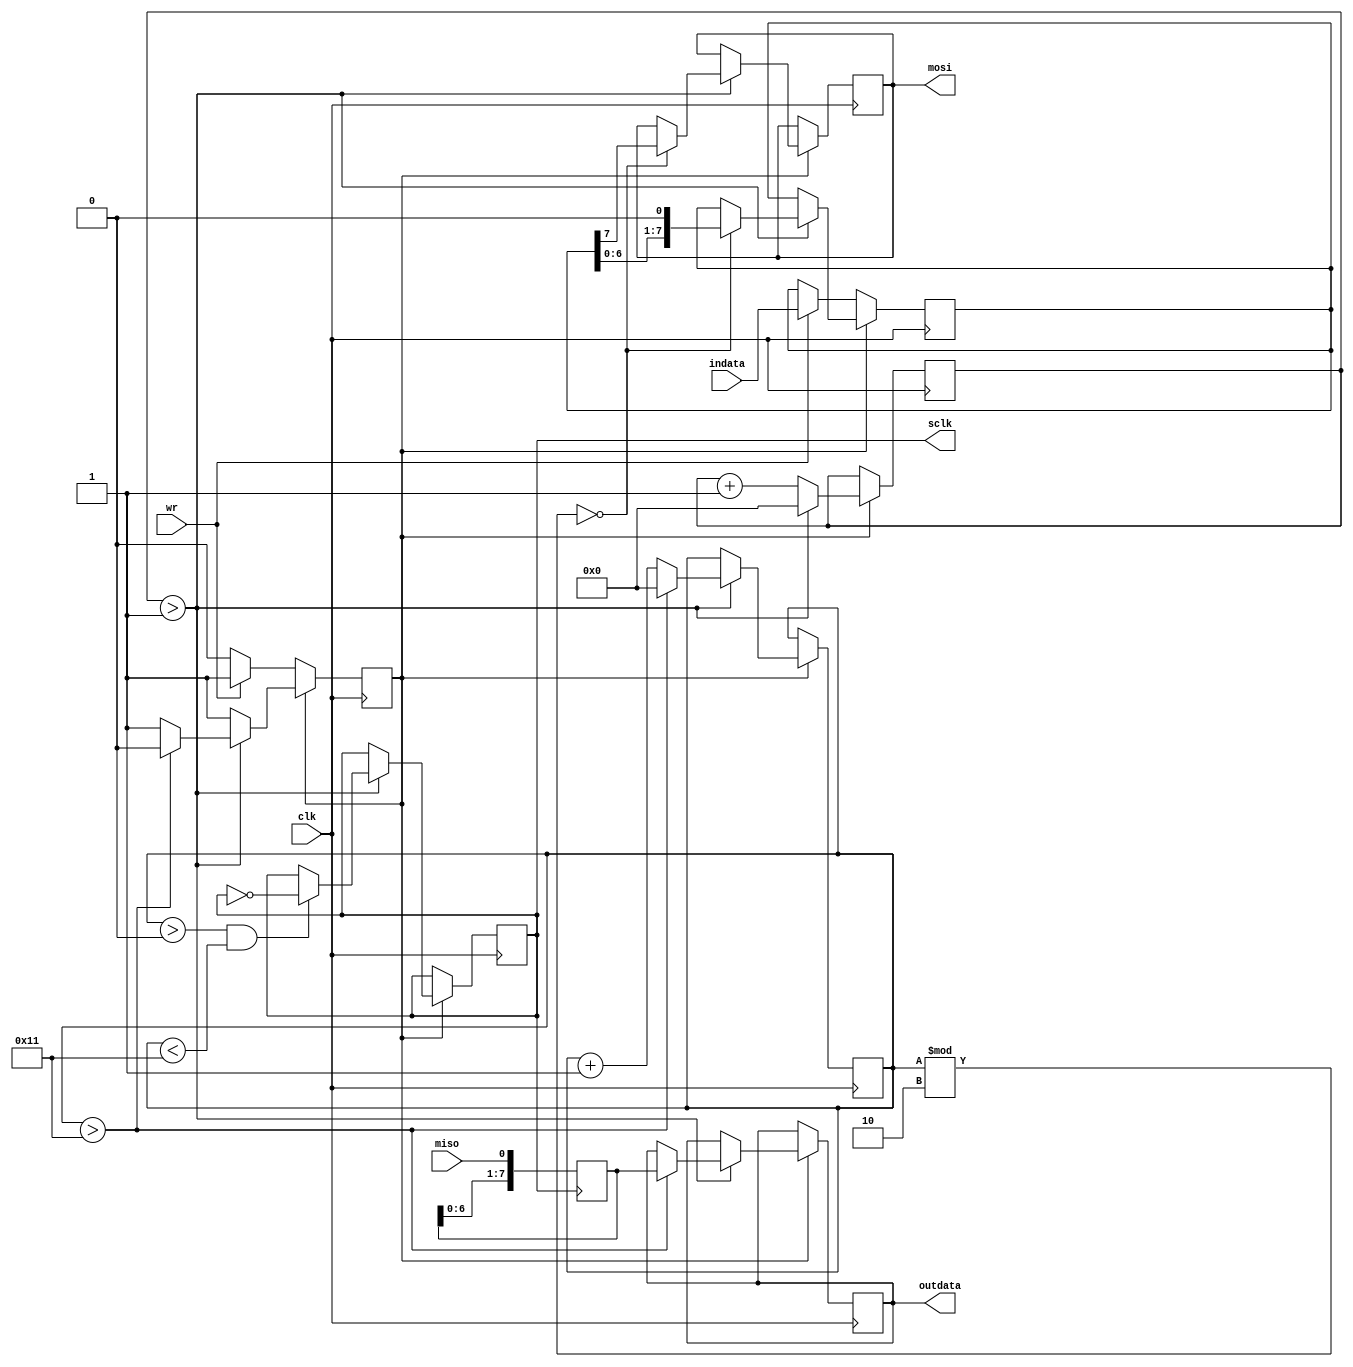
`timescale 1ns / 1ps

module spi(
	input clk,
	input miso,
	input wr,
	input [7:0]indata,
	output sclk,
	output mosi,
	output reg[7:0]outdata
    );
reg sbuffer = 0;
reg[7:0] outbuffer = 0;
reg[7:0] inbuffer = 0;
reg mosibuffer = 0;
reg [7:0]b = 0;
reg [7:0]c = 0;
reg busy = 0;
	
  always @ (posedge clk) begin
    if(!busy) begin
      if (wr) begin
          inbuffer <= indata;
          busy <= 1;
		end
	end
    else begin
      b <= b + 1;
      if (b > 1) begin
        b <= 0;
        if (c % 2 ==0) begin
          mosibuffer <= inbuffer[7];
          inbuffer <= inbuffer<<1;
        end
        if (c > 0 && c < 17) 
          sbuffer <= ~sbuffer;
			c <= c+1;
        if(c > 17)begin
          outdata <= outbuffer;
			 c <= 0;
          busy <= 0;
        end
      end
    end
  end

  always @ (posedge sbuffer) begin
    outbuffer <= outbuffer << 1;
	 outbuffer[0] <= miso;
  end

  assign sclk = sbuffer;
  assign mosi = mosibuffer;
	
endmodule